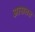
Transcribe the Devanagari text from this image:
आसतत